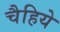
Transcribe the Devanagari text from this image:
चैहिये